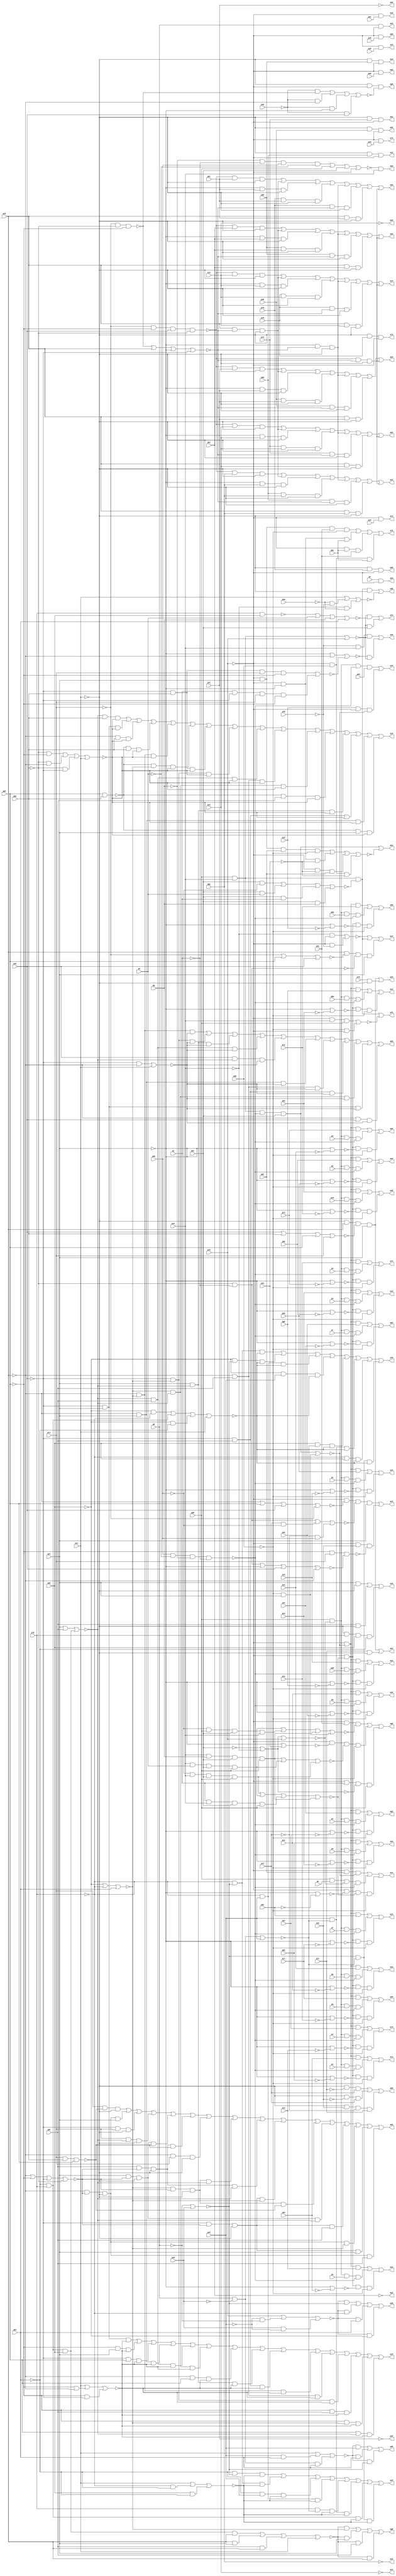
// Benchmark "top" written by ABC on Fri Mar 31 12:09:50 2023

module top ( 
    pa1, pb2, pp, pa0, pc2, pq, pb0, pc1, pr, pa2, pb1, pc0, ps, pd0, pe1,
    pf2, pt, pd1, pe0, pg2, pu, pd2, pf0, pg1, pv, pe2, pf1, pg0, pw, ph0,
    pi1, pj2, px, ph1, pi0, pk2, py, ph2, pk1, pz, pi2, pj1, pk0, pl0, pm1,
    pn2, pl1, pm0, po2, pl2, pn0, po1, pm2, pn1, po0, pp0, pq1, pr2, pa,
    pp1, pq0, ps2, pb, pp2, pr0, ps1, pq2, pr1, ps0, pt0, pu1, pv2, pt1,
    pu0, pt2, pv0, pw1, pg, pu2, pv1, pw0, ph, px0, py1, pi, px1, py0, pz0,
    pk, pz1, pl, pm, pn, po,
    pc3, pd4, pe5, pb3, pd5, pe4, pa3, pf4, pg5, pf5, pg4, pa5, pg3, pa4,
    pf3, pb4, pc5, pe3, pb5, pc4, pd3, pk3, pl4, pm5, pj3, pl5, pm4, pi3,
    pn4, po5, ph3, pn5, po4, ph4, pi5, po3, ph5, pi4, pn3, pj4, pk5, pm3,
    pj5, pk4, pl3, ps3, pt4, pr3, pu4, pq3, pv4, pp3, pw4, pp4, pw3, pq4,
    pv3, pw2, pr4, pu3, ps4, pt3, pz2, pz3, px2, py3, px3, py2, px4, py4,
    pz4  );
  input  pa1, pb2, pp, pa0, pc2, pq, pb0, pc1, pr, pa2, pb1, pc0, ps,
    pd0, pe1, pf2, pt, pd1, pe0, pg2, pu, pd2, pf0, pg1, pv, pe2, pf1, pg0,
    pw, ph0, pi1, pj2, px, ph1, pi0, pk2, py, ph2, pk1, pz, pi2, pj1, pk0,
    pl0, pm1, pn2, pl1, pm0, po2, pl2, pn0, po1, pm2, pn1, po0, pp0, pq1,
    pr2, pa, pp1, pq0, ps2, pb, pp2, pr0, ps1, pq2, pr1, ps0, pt0, pu1,
    pv2, pt1, pu0, pt2, pv0, pw1, pg, pu2, pv1, pw0, ph, px0, py1, pi, px1,
    py0, pz0, pk, pz1, pl, pm, pn, po;
  output pc3, pd4, pe5, pb3, pd5, pe4, pa3, pf4, pg5, pf5, pg4, pa5, pg3, pa4,
    pf3, pb4, pc5, pe3, pb5, pc4, pd3, pk3, pl4, pm5, pj3, pl5, pm4, pi3,
    pn4, po5, ph3, pn5, po4, ph4, pi5, po3, ph5, pi4, pn3, pj4, pk5, pm3,
    pj5, pk4, pl3, ps3, pt4, pr3, pu4, pq3, pv4, pp3, pw4, pp4, pw3, pq4,
    pv3, pw2, pr4, pu3, ps4, pt3, pz2, pz3, px2, py3, px3, py2, px4, py4,
    pz4;
  wire new_na1_, new_nb2_, new_np_, new_na0_, new_nc2_, new_nq_, new_nb0_,
    new_nc1_, new_nr_, new_na2_, new_nb1_, new_nc0_, new_ns_, new_nd0_,
    new_ne1_, new_nf2_, new_nt_, new_nd1_, new_ne0_, new_ng2_, new_nu_,
    new_nd2_, new_nf0_, new_ng1_, new_nv_, new_ne2_, new_nf1_, new_ng0_,
    new_nw_, new_nh0_, new_ni1_, new_nj2_, new_nx_, new_nh1_, new_ni0_,
    new_nk2_, new_ny_, new_nh2_, new_nk1_, new_nz_, new_ni2_, new_nj1_,
    new_nk0_, new_nl0_, new_nm1_, new_nn2_, new_nl1_, new_nm0_, new_no2_,
    new_nl2_, new_nn0_, new_no1_, new_nm2_, new_nn1_, new_no0_, new_np0_,
    new_nq1_, new_nr2_, new_na_, new_np1_, new_nq0_, new_ns2_, new_nb_,
    new_np2_, new_nr0_, new_ns1_, new_nq2_, new_nr1_, new_ns0_, new_nt0_,
    new_nu1_, new_nv2_, new_nt1_, new_nu0_, new_nt2_, new_nv0_, new_nw1_,
    new_ng_, new_nu2_, new_nv1_, new_nw0_, new_nh_, new_nx0_, new_ny1_,
    new_ni_, new_nx1_, new_ny0_, new_nz0_, new_nk_, new_nz1_, new_nl_,
    new_nm_, new_nn_, new_no_, new_ng3_, new_nr3_, new_n_n364_,
    new_n_n355_, new_n_n346_, new_n_n336_, new_n_n328_, new_nj4_,
    new_n_n312_, new_n_n304_, new_nu4_, new_n_n279_, new_n_n271_,
    new_n_n263_, new_n_n254_, new_n_n244_, new_n_n235_, new_n_n225_,
    new_n_n194_, new_n_n183_, new_n_n174_, new_n_n167_, new_n_n160_,
    new_nl9_, new_nv10_, new_nm13_, new_ny13_, new_nc14_, new_nh14_,
    new_n_n109_, new_n_n98_, new_nf3_, new_nh3_, new_ny3_, new_n_n356_,
    new_n_n345_, new_n_n337_, new_n_n327_, new_n_n321_, new_nm4_,
    new_n_n305_, new_n_n287_, new_n_n280_, new_n_n270_, new_nc5_,
    new_n_n253_, new_n_n245_, new_n_n234_, new_n_n226_, new_n_n203_,
    new_n_n182_, new_n_n175_, new_n_n166_, new_nx8_, new_nd10_, new_nu10_,
    new_np13_, new_n_n130_, new_n_n122_, new_ng14_, new_n_n108_,
    new_n_n99_, new_n_n369_, new_n_n363_, new_n_n353_, new_nb4_,
    new_n_n338_, new_ng4_, new_n_n319_, new_n_n314_, new_no4_, new_n_n286_,
    new_n_n278_, new_nz4_, new_n_n264_, new_n_n252_, new_ng5_, new_n_n237_,
    new_n_n227_, new_n_n202_, new_n_n192_, new_n_n176_, new_nm8_, new_nf9_,
    new_n_n154_, new_nn10_, new_nl11_, new_nl12_, new_nd14_, new_n_n116_,
    new_n_n111_, new_n_n100_, new_ne3_, new_n_n362_, new_n_n354_,
    new_n_n347_, new_n_n339_, new_n_n326_, new_n_n320_, new_n_n313_,
    new_n_n306_, new_n_n285_, new_nx4_, new_n_n272_, new_n_n265_,
    new_n_n251_, new_n_n243_, new_n_n236_, new_ni5_, new_n_n201_,
    new_n_n193_, new_n_n184_, new_no8_, new_n_n159_, new_n_n153_,
    new_nl10_, new_n_n136_, new_ni12_, new_n_n121_, new_nj14_, new_n_n110_,
    new_n_n101_, new_nk3_, new_nv3_, new_n_n340_, new_n_n325_, new_n_n301_,
    new_n_n293_, new_nf5_, new_n_n241_, new_n_n221_, new_n_n211_,
    new_n_n165_, new_n_n158_, new_n_n152_, new_nz10_, new_n_n142_,
    new_n_n120_, new_nk14_, new_n_n105_, new_n_n94_, new_n_n3_, new_nl3_,
    new_nu3_, new_n_n348_, new_n_n318_, new_n_n300_, new_ns4_, new_n_n250_,
    new_n_n242_, new_n_n220_, new_n_n212_, new_nw8_, new_ni9_, new_ny10_,
    new_na11_, new_n_n143_, new_ne14_, new_n_n115_, new_n_n104_,
    new_n_n95_, new_ni3_, new_nt3_, new_n_n357_, new_n_n311_, new_np4_,
    new_n_n294_, new_n_n233_, new_n_n223_, new_nj5_, new_n_n164_,
    new_ne10_, new_nx10_, new_nf14_, new_n_n114_, new_n_n107_, new_n_n96_,
    new_nj3_, new_ns3_, new_n_n365_, new_n_n303_, new_n_n302_, new_n_n295_,
    new_n_n232_, new_n_n224_, new_n_n222_, new_n_n157_, new_nf10_,
    new_n_n149_, new_n_n119_, new_nl14_, new_n_n106_, new_n_n97_, new_nc3_,
    new_no3_, new_nx3_, new_nz3_, new_n_n310_, new_n_n298_, new_n_n290_,
    new_nw4_, new_n_n273_, new_n_n217_, new_n_n207_, new_nk5_, new_n_n186_,
    new_nm5_, new_n_n147_, new_nk11_, new_nw11_, new_nd13_, new_nx13_,
    new_n_n124_, new_nb3_, new_np3_, new_nw3_, new_n_n349_, new_nk4_,
    new_n_n297_, new_nt4_, new_n_n281_, new_n_n274_, new_n_n216_,
    new_n_n208_, new_n_n196_, new_n_n187_, new_n_n169_, new_n_n146_,
    new_nj11_, new_nz11_, new_na13_, new_n_n131_, new_n_n125_, new_n_n0_,
    new_nm3_, new_n_n367_, new_n_n341_, new_n_n324_, new_nq4_, new_n_n291_,
    new_nb5_, new_ne5_, new_n_n219_, new_n_n209_, new_n_n195_, new_n_n178_,
    new_no5_, new_nc11_, new_ni11_, new_nc12_, new_nj13_, new_nw13_,
    new_n_n126_, new_n_n1_, new_nn3_, new_n_n368_, new_n_n332_,
    new_n_n331_, new_n_n299_, new_n_n292_, new_n_n266_, new_n_n259_,
    new_n_n218_, new_n_n210_, new_n_n185_, new_n_n177_, new_n_n170_,
    new_n_n148_, new_n_n141_, new_nf12_, new_ng13_, new_n_n132_, new_na14_,
    new_n_n2_, new_n_n370_, new_n_n361_, new_n_n352_, new_nc4_,
    new_n_n333_, new_ne4_, new_ni4_, new_n_n315_, new_n_n307_, new_nv4_,
    new_n_n276_, new_n_n268_, new_n_n260_, new_n_n258_, new_n_n248_,
    new_nh5_, new_n_n228_, new_n_n213_, new_n_n200_, new_n_n190_,
    new_n_n180_, new_n_n171_, new_n_n163_, new_n_n156_, new_n_n150_,
    new_nf11_, new_n_n137_, new_n_n135_, new_nr12_, new_n_n134_, new_nz13_,
    new_n_n113_, new_n_n102_, new_nx2_, new_nd3_, new_n_n360_, new_na4_,
    new_n_n342_, new_n_n334_, new_n_n330_, new_nh4_, new_nl4_, new_n_n308_,
    new_n_n284_, new_n_n277_, new_n_n267_, new_n_n261_, new_n_n257_,
    new_n_n249_, new_n_n238_, new_n_n229_, new_n_n204_, new_n_n199_,
    new_n_n191_, new_n_n179_, new_n_n172_, new_n_n168_, new_n_n155_,
    new_ng10_, new_n_n144_, new_n_n138_, new_nn11_, new_no12_, new_n_n133_,
    new_n_n127_, new_n_n112_, new_n_n103_, new_ny2_, new_n_n371_, new_nq3_,
    new_n_n359_, new_n_n350_, new_n_n344_, new_n_n335_, new_n_n329_,
    new_n_n322_, new_n_n317_, new_nn4_, new_nr4_, new_n_n288_, new_n_n283_,
    new_n_n275_, new_na5_, new_nd5_, new_n_n256_, new_n_n246_, new_n_n240_,
    new_n_n230_, new_n_n215_, new_n_n205_, new_n_n198_, new_n_n188_,
    new_n_n181_, new_n_n173_, new_nj8_, new_n_n161_, new_n_n151_,
    new_n_n145_, new_n_n139_, new_nq11_, new_nx12_, new_nu13_, new_n_n128_,
    new_nb14_, new_n_n117_, new_nz2_, new_n_n372_, new_n_n366_,
    new_n_n358_, new_n_n351_, new_n_n343_, new_nd4_, new_nf4_, new_n_n323_,
    new_n_n316_, new_n_n309_, new_n_n296_, new_n_n289_, new_n_n282_,
    new_ny4_, new_n_n269_, new_n_n262_, new_n_n255_, new_n_n247_,
    new_n_n239_, new_n_n231_, new_n_n214_, new_n_n206_, new_n_n197_,
    new_n_n189_, new_nl5_, new_nn5_, new_nk8_, new_n_n162_, new_nk9_,
    new_ne11_, new_n_n140_, new_nt11_, new_nu12_, new_nv13_, new_n_n129_,
    new_n_n123_, new_n_n118_, new_na3_, new_n_n88_, new_n_n77_, new_n_n66_,
    new_n_n55_, new_n_n44_, new_n_n89_, new_n_n76_, new_n_n67_, new_n_n54_,
    new_n_n45_, new_n_n90_, new_n_n75_, new_n_n64_, new_n_n57_, new_n_n46_,
    new_n_n91_, new_n_n74_, new_n_n65_, new_n_n56_, new_n_n47_, new_nw2_,
    new_n_n92_, new_n_n37_, new_n_n26_, new_n_n15_, new_n_n4_, new_n_n93_,
    new_n_n36_, new_n_n27_, new_n_n14_, new_n_n5_, new_n_n35_, new_n_n24_,
    new_n_n17_, new_n_n6_, new_n_n34_, new_n_n25_, new_n_n16_, new_n_n7_,
    new_n_n63_, new_n_n52_, new_n_n41_, new_n_n30_, new_n_n19_, new_n_n8_,
    new_n_n62_, new_n_n53_, new_n_n40_, new_n_n31_, new_n_n18_, new_n_n9_,
    new_n_n83_, new_n_n72_, new_n_n39_, new_n_n28_, new_n_n21_, new_n_n10_,
    new_n_n82_, new_n_n73_, new_n_n38_, new_n_n29_, new_n_n20_, new_n_n11_,
    new_n_n84_, new_n_n81_, new_n_n70_, new_n_n59_, new_n_n48_, new_n_n23_,
    new_n_n12_, new_n_n85_, new_n_n80_, new_n_n71_, new_n_n58_, new_n_n49_,
    new_n_n22_, new_n_n13_, new_n_n86_, new_n_n79_, new_n_n68_, new_n_n61_,
    new_n_n50_, new_n_n43_, new_n_n32_, new_n_n87_, new_n_n78_, new_n_n69_,
    new_n_n60_, new_n_n51_, new_n_n42_, new_n_n33_;
  assign new_na1_ = pa1;
  assign new_nb2_ = pb2;
  assign pc3 = new_nc3_;
  assign pd4 = new_nd4_;
  assign pe5 = new_ne5_;
  assign new_np_ = pp;
  assign new_na0_ = pa0;
  assign pb3 = new_nb3_;
  assign new_nc2_ = pc2;
  assign pd5 = new_nd5_;
  assign pe4 = new_ne4_;
  assign new_nq_ = pq;
  assign pa3 = new_na3_;
  assign new_nb0_ = pb0;
  assign new_nc1_ = pc1;
  assign pf4 = new_nf4_;
  assign pg5 = new_ng5_;
  assign new_nr_ = pr;
  assign new_na2_ = pa2;
  assign new_nb1_ = pb1;
  assign new_nc0_ = pc0;
  assign pf5 = new_nf5_;
  assign pg4 = new_ng4_;
  assign new_ns_ = ps;
  assign pa5 = new_na5_;
  assign new_nd0_ = pd0;
  assign new_ne1_ = pe1;
  assign new_nf2_ = pf2;
  assign pg3 = new_ng3_;
  assign new_nt_ = pt;
  assign pa4 = new_na4_;
  assign new_nd1_ = pd1;
  assign new_ne0_ = pe0;
  assign pf3 = new_nf3_;
  assign new_ng2_ = pg2;
  assign new_nu_ = pu;
  assign pb4 = new_nb4_;
  assign pc5 = new_nc5_;
  assign new_nd2_ = pd2;
  assign pe3 = new_ne3_;
  assign new_nf0_ = pf0;
  assign new_ng1_ = pg1;
  assign new_nv_ = pv;
  assign pb5 = new_nb5_;
  assign pc4 = new_nc4_;
  assign pd3 = new_nd3_;
  assign new_ne2_ = pe2;
  assign new_nf1_ = pf1;
  assign new_ng0_ = pg0;
  assign new_nw_ = pw;
  assign new_nh0_ = ph0;
  assign new_ni1_ = pi1;
  assign new_nj2_ = pj2;
  assign pk3 = new_nk3_;
  assign pl4 = new_nl4_;
  assign pm5 = new_nm5_;
  assign new_nx_ = px;
  assign new_nh1_ = ph1;
  assign new_ni0_ = pi0;
  assign pj3 = new_nj3_;
  assign new_nk2_ = pk2;
  assign pl5 = new_nl5_;
  assign pm4 = new_nm4_;
  assign new_ny_ = py;
  assign new_nh2_ = ph2;
  assign pi3 = new_ni3_;
  assign new_nk1_ = pk1;
  assign pn4 = new_nn4_;
  assign po5 = new_no5_;
  assign new_nz_ = pz;
  assign ph3 = new_nh3_;
  assign new_ni2_ = pi2;
  assign new_nj1_ = pj1;
  assign new_nk0_ = pk0;
  assign pn5 = new_nn5_;
  assign po4 = new_no4_;
  assign ph4 = new_nh4_;
  assign pi5 = new_ni5_;
  assign new_nl0_ = pl0;
  assign new_nm1_ = pm1;
  assign new_nn2_ = pn2;
  assign po3 = new_no3_;
  assign ph5 = new_nh5_;
  assign pi4 = new_ni4_;
  assign new_nl1_ = pl1;
  assign new_nm0_ = pm0;
  assign pn3 = new_nn3_;
  assign new_no2_ = po2;
  assign pj4 = new_nj4_;
  assign pk5 = new_nk5_;
  assign new_nl2_ = pl2;
  assign pm3 = new_nm3_;
  assign new_nn0_ = pn0;
  assign new_no1_ = po1;
  assign pj5 = new_nj5_;
  assign pk4 = new_nk4_;
  assign pl3 = new_nl3_;
  assign new_nm2_ = pm2;
  assign new_nn1_ = pn1;
  assign new_no0_ = po0;
  assign new_np0_ = pp0;
  assign new_nq1_ = pq1;
  assign new_nr2_ = pr2;
  assign ps3 = new_ns3_;
  assign pt4 = new_nt4_;
  assign new_na_ = pa;
  assign new_np1_ = pp1;
  assign new_nq0_ = pq0;
  assign pr3 = new_nr3_;
  assign new_ns2_ = ps2;
  assign pu4 = new_nu4_;
  assign new_nb_ = pb;
  assign new_np2_ = pp2;
  assign pq3 = new_nq3_;
  assign new_nr0_ = pr0;
  assign new_ns1_ = ps1;
  assign pv4 = new_nv4_;
  assign pp3 = new_np3_;
  assign new_nq2_ = pq2;
  assign new_nr1_ = pr1;
  assign new_ns0_ = ps0;
  assign pw4 = new_nw4_;
  assign pp4 = new_np4_;
  assign new_nt0_ = pt0;
  assign new_nu1_ = pu1;
  assign new_nv2_ = pv2;
  assign pw3 = new_nw3_;
  assign pq4 = new_nq4_;
  assign new_nt1_ = pt1;
  assign new_nu0_ = pu0;
  assign pv3 = new_nv3_;
  assign pw2 = new_nw2_;
  assign pr4 = new_nr4_;
  assign new_nt2_ = pt2;
  assign pu3 = new_nu3_;
  assign new_nv0_ = pv0;
  assign new_nw1_ = pw1;
  assign new_ng_ = pg;
  assign ps4 = new_ns4_;
  assign pt3 = new_nt3_;
  assign new_nu2_ = pu2;
  assign new_nv1_ = pv1;
  assign new_nw0_ = pw0;
  assign new_nh_ = ph;
  assign new_nx0_ = px0;
  assign new_ny1_ = py1;
  assign pz2 = new_nz2_;
  assign new_ni_ = pi;
  assign new_nx1_ = px1;
  assign new_ny0_ = py0;
  assign pz3 = new_nz3_;
  assign px2 = new_nx2_;
  assign py3 = new_ny3_;
  assign new_nz0_ = pz0;
  assign new_nk_ = pk;
  assign px3 = new_nx3_;
  assign py2 = new_ny2_;
  assign new_nz1_ = pz1;
  assign new_nl_ = pl;
  assign px4 = new_nx4_;
  assign new_nm_ = pm;
  assign py4 = new_ny4_;
  assign new_nn_ = pn;
  assign pz4 = new_nz4_;
  assign new_no_ = po;
  assign new_ng3_ = new_n_n58_ & new_n_n75_ & new_n_n5_;
  assign new_nr3_ = new_n_n75_ & new_nx0_;
  assign new_n_n364_ = new_n_n58_ & new_nl2_ & new_nm2_ & new_n_n104_;
  assign new_n_n355_ = new_np0_ & new_ng1_ & new_n_n58_;
  assign new_n_n346_ = new_n_n108_ & new_ni1_ & new_n_n58_;
  assign new_n_n336_ = new_n_n12_ & new_n_n11_ & new_n_n58_;
  assign new_n_n328_ = new_n_n62_ & new_nm1_;
  assign new_nj4_ = new_n_n320_ | new_n_n319_ | new_n_n318_;
  assign new_n_n312_ = new_n_n75_ & new_n_n40_ & new_n_n23_ & new_n_n80_;
  assign new_n_n304_ = new_ng0_ & new_n_n42_ & new_nq_ & new_n_n81_;
  assign new_nu4_ = new_n_n287_ | new_n_n286_ | new_n_n285_;
  assign new_n_n279_ = new_n_n75_ & new_n_n40_ & new_n_n34_ & new_n_n80_;
  assign new_n_n271_ = new_ng0_ & new_n_n42_ & new_nb0_ & new_n_n81_;
  assign new_n_n263_ = new_nj2_ & new_n_n75_ & new_n_n41_;
  assign new_n_n254_ = new_n_n103_ & new_n_n60_ & new_n_n44_;
  assign new_n_n244_ = new_nu2_ & new_n_n46_ & new_n_n45_;
  assign new_n_n235_ = new_n_n109_ & new_nd1_ & new_n_n48_;
  assign new_n_n225_ = new_n_n109_ & new_ne1_ & new_n_n49_;
  assign new_n_n194_ = new_nr2_ & new_n_n52_ & new_n_n58_;
  assign new_n_n183_ = new_ne1_ & new_n_n53_ & new_n_n58_ & new_n_n54_;
  assign new_n_n174_ = new_n_n58_ & new_ns2_ & new_n_n63_ & new_nl1_;
  assign new_n_n167_ = new_nt2_ & new_n_n79_;
  assign new_n_n160_ = new_n_n65_ & new_n_n67_;
  assign new_nl9_ = new_n_n68_ & new_n_n105_ & new_n_n112_;
  assign new_nv10_ = new_n_n149_ | new_ni0_;
  assign new_nm13_ = new_n_n108_ | new_n_n99_;
  assign new_ny13_ = new_n_n127_ | new_n_n129_ | new_n_n128_ | new_nc1_;
  assign new_nc14_ = new_n_n122_ | new_nc1_;
  assign new_nh14_ = new_n_n109_ | new_n_n112_ | new_n_n111_ | new_n_n105_;
  assign new_n_n109_ = ~new_nn2_;
  assign new_n_n98_ = ~new_nh2_;
  assign new_nf3_ = new_n_n368_ | new_n_n4_;
  assign new_nh3_ = new_n_n58_ & new_no0_ & new_n_n75_;
  assign new_ny3_ = new_n_n360_ | new_n_n359_ | new_n_n362_ | new_n_n361_ | new_n_n338_ | new_n_n358_ | new_n_n363_ | new_n_n336_;
  assign new_n_n356_ = new_n_n108_ & new_ng1_ & new_n_n58_;
  assign new_n_n345_ = new_nr0_ & new_ni1_ & new_n_n58_;
  assign new_n_n337_ = new_ns0_ & new_n_n11_ & new_n_n58_;
  assign new_n_n327_ = new_n_n62_ & new_n_n14_;
  assign new_n_n321_ = new_n_n75_ & new_n_n20_ & new_n_n40_ & new_n_n80_;
  assign new_nm4_ = new_n_n311_ | new_n_n310_ | new_n_n309_;
  assign new_n_n305_ = new_n_n75_ & new_n_n41_ & new_nv1_;
  assign new_n_n287_ = new_n_n75_ & new_n_n41_ & new_nb2_;
  assign new_n_n280_ = new_ng0_ & new_n_n42_ & new_ny_ & new_n_n81_;
  assign new_n_n270_ = new_n_n75_ & new_n_n40_ & new_n_n37_ & new_n_n80_;
  assign new_nc5_ = new_n_n262_ | new_n_n263_;
  assign new_n_n253_ = new_nl2_ & new_n_n46_ & new_n_n44_;
  assign new_n_n245_ = new_nm2_ & new_n_n46_ & new_n_n45_;
  assign new_n_n234_ = new_n_n111_ & new_nd1_ & new_n_n48_;
  assign new_n_n226_ = new_n_n111_ & new_np2_ & new_n_n49_;
  assign new_n_n203_ = new_n_n109_ & new_nd1_ & new_n_n51_;
  assign new_n_n182_ = new_nd1_ & new_n_n53_ & new_n_n58_ & new_n_n54_;
  assign new_n_n175_ = new_n_n58_ & new_n_n57_ & new_nt2_;
  assign new_n_n166_ = new_n_n63_ & new_nh0_;
  assign new_nx8_ = new_nc1_ | new_n_n160_ | new_n_n159_;
  assign new_nd10_ = new_n_n68_ | new_np2_ | new_no2_;
  assign new_nu10_ = new_n_n70_ | new_nh_ | new_ng_ | new_nk2_;
  assign new_np13_ = new_n_n108_ | new_n_n100_;
  assign new_n_n130_ = new_nm2_ & new_n_n104_;
  assign new_n_n122_ = new_n_n111_ & new_n_n109_;
  assign new_ng14_ = new_nr2_ & new_nq2_ & new_np2_;
  assign new_n_n108_ = ~new_ne1_;
  assign new_n_n99_ = ~new_ni2_;
  assign new_n_n369_ = new_nl0_ & new_n_n58_;
  assign new_n_n363_ = new_nn2_ & new_nf1_ & new_n_n58_;
  assign new_n_n353_ = new_np0_ & new_n_n11_ & new_n_n58_;
  assign new_nb4_ = new_n_n344_ | new_n_n359_ | new_n_n346_ | new_n_n345_ | new_n_n338_ | new_n_n343_ | new_n_n347_ | new_n_n336_;
  assign new_n_n338_ = new_n_n108_ & new_n_n11_ & new_n_n58_;
  assign new_ng4_ = new_n_n326_ | new_n_n325_ | new_n_n324_;
  assign new_n_n319_ = new_ng0_ & new_n_n42_ & new_nl_ & new_n_n81_;
  assign new_n_n314_ = new_n_n75_ & new_n_n41_ & new_ns1_;
  assign new_no4_ = new_n_n305_ | new_n_n304_ | new_n_n303_;
  assign new_n_n286_ = new_ng0_ & new_n_n42_ & new_nw_ & new_n_n81_;
  assign new_n_n278_ = new_n_n75_ & new_n_n41_ & new_ne2_;
  assign new_nz4_ = new_n_n272_ | new_n_n271_ | new_n_n270_;
  assign new_n_n264_ = new_n_n75_ & new_n_n40_ & new_n_n39_ & new_n_n80_;
  assign new_n_n252_ = new_nu2_ & new_n_n46_ & new_n_n44_;
  assign new_ng5_ = new_n_n239_ | new_n_n241_ | new_n_n240_ | new_n_n242_;
  assign new_n_n237_ = new_n_n109_ & new_ne1_ & new_n_n48_;
  assign new_n_n227_ = new_n_n109_ & new_np2_ & new_n_n49_;
  assign new_n_n202_ = new_n_n50_ & new_nd1_ & new_n_n51_;
  assign new_n_n192_ = new_n_n109_ & new_n_n53_ & new_n_n58_ & new_ne1_;
  assign new_n_n176_ = new_n_n58_ & new_n_n56_ & new_nt2_;
  assign new_nm8_ = new_n_n112_ & new_nr2_ & new_n_n64_;
  assign new_nf9_ = new_no2_ | new_nq2_ | new_np2_ | new_nr2_;
  assign new_n_n154_ = new_n_n66_ & new_n_n108_;
  assign new_nn10_ = new_n_n69_ | new_nn2_ | new_n_n108_ | new_n_n111_;
  assign new_nl11_ = new_n_n135_ | new_n_n136_;
  assign new_nl12_ = new_n_n108_ | new_n_n90_;
  assign new_nd14_ = new_nc1_ | new_n_n121_ | new_n_n120_;
  assign new_n_n116_ = new_n_n107_ & new_n_n106_;
  assign new_n_n111_ = ~new_no2_;
  assign new_n_n100_ = ~new_nj2_;
  assign new_ne3_ = new_n_n329_ | new_n_n369_;
  assign new_n_n362_ = new_n_n108_ & new_nf1_ & new_n_n58_;
  assign new_n_n354_ = new_n_n12_ & new_ng1_ & new_n_n58_;
  assign new_n_n347_ = new_nn2_ & new_ni1_ & new_n_n58_;
  assign new_n_n339_ = new_n_n12_ & new_nj1_ & new_n_n58_;
  assign new_n_n326_ = new_n_n75_ & new_nn1_ & new_n_n15_;
  assign new_n_n320_ = new_n_n75_ & new_n_n41_ & new_nq1_;
  assign new_n_n313_ = new_ng0_ & new_n_n42_ & new_nn_ & new_n_n81_;
  assign new_n_n306_ = new_n_n75_ & new_n_n40_ & new_n_n25_ & new_n_n80_;
  assign new_n_n285_ = new_n_n75_ & new_n_n40_ & new_n_n32_ & new_n_n80_;
  assign new_nx4_ = new_n_n278_ | new_n_n277_ | new_n_n276_;
  assign new_n_n272_ = new_n_n75_ & new_n_n41_ & new_ng2_;
  assign new_n_n265_ = new_ng0_ & new_n_n42_ & new_nd0_ & new_n_n81_;
  assign new_n_n251_ = new_n_n60_ & new_n_n46_ & new_n_n44_;
  assign new_n_n243_ = new_n_n60_ & new_n_n46_ & new_n_n45_;
  assign new_n_n236_ = new_n_n111_ & new_ne1_ & new_n_n48_;
  assign new_ni5_ = new_n_n224_ | new_n_n223_ | new_n_n226_ | new_n_n225_ | new_n_n214_ | new_n_n213_ | new_n_n227_ | new_n_n215_ | new_n_n221_ | new_n_n219_ | new_n_n222_ | new_n_n218_ | new_n_n220_ | new_n_n217_ | new_n_n216_;
  assign new_n_n201_ = new_n_n52_ & new_nd1_ & new_n_n51_;
  assign new_n_n193_ = new_nr2_ & new_n_n54_ & new_n_n58_;
  assign new_n_n184_ = new_n_n55_ & new_n_n53_ & new_n_n58_ & new_n_n52_;
  assign new_no8_ = new_n_n165_ | new_n_n108_ | new_no2_ | new_n_n109_;
  assign new_n_n159_ = new_n_n76_ & new_n_n65_;
  assign new_n_n153_ = new_n_n66_ & new_n_n69_;
  assign new_nl10_ = new_n_n68_ & new_n_n112_ & new_no2_ & new_n_n105_;
  assign new_n_n136_ = new_n_n80_ & new_ne1_;
  assign new_ni12_ = new_n_n108_ | new_n_n89_;
  assign new_n_n121_ = new_n_n112_ & new_n_n109_;
  assign new_nj14_ = new_ni0_ | new_n_n116_ | new_n_n115_;
  assign new_n_n110_ = ~new_nl14_;
  assign new_n_n101_ = ~new_nu0_;
  assign new_nk3_ = new_n_n58_ & new_nr0_ & new_n_n75_;
  assign new_nv3_ = new_n_n6_ | new_n_n368_ | new_n_n367_;
  assign new_n_n340_ = new_ns0_ & new_nj1_ & new_n_n58_;
  assign new_n_n325_ = new_n_n75_ & new_n_n17_ & new_n_n16_ & new_n_n80_;
  assign new_n_n301_ = new_ng0_ & new_n_n42_ & new_nr_ & new_n_n81_;
  assign new_n_n293_ = new_n_n75_ & new_n_n41_ & new_nz1_;
  assign new_nf5_ = new_n_n247_ | new_n_n246_ | new_n_n249_ | new_n_n248_ | new_n_n245_ | new_n_n244_ | new_n_n250_ | new_n_n243_;
  assign new_n_n241_ = new_n_n47_ & new_ne1_;
  assign new_n_n221_ = new_n_n111_ & new_nd1_ & new_n_n49_;
  assign new_n_n211_ = new_n_n109_ & new_nq2_ & new_n_n51_;
  assign new_n_n165_ = new_n_n105_ & new_n_n73_;
  assign new_n_n158_ = new_n_n80_ & new_n_n75_;
  assign new_n_n152_ = new_n_n75_ & new_n_n67_;
  assign new_nz10_ = new_n_n140_ | new_n_n139_ | new_n_n137_;
  assign new_n_n142_ = new_n_n75_ & new_n_n74_ & new_np1_;
  assign new_n_n120_ = new_n_n112_ & new_n_n111_;
  assign new_nk14_ = new_n_n108_ | new_n_n109_ | new_n_n110_;
  assign new_n_n105_ = ~new_nq2_;
  assign new_n_n94_ = ~new_nd2_;
  assign new_n_n3_ = ~new_nx8_;
  assign new_nl3_ = new_n_n58_ & new_ns0_ & new_n_n75_;
  assign new_nu3_ = new_n_n75_ & new_na1_;
  assign new_n_n348_ = new_nq0_ & new_n_n11_ & new_n_n58_;
  assign new_n_n318_ = new_n_n75_ & new_n_n40_ & new_n_n21_ & new_n_n80_;
  assign new_n_n300_ = new_n_n75_ & new_n_n40_ & new_n_n27_ & new_n_n80_;
  assign new_ns4_ = new_n_n293_ | new_n_n292_ | new_n_n291_;
  assign new_n_n250_ = new_n_n103_ & new_nm2_ & new_n_n45_;
  assign new_n_n242_ = new_n_n47_ & new_nn2_;
  assign new_n_n220_ = new_n_n112_ & new_nd1_ & new_n_n49_;
  assign new_n_n212_ = new_n_n111_ & new_nq2_ & new_n_n51_;
  assign new_nw8_ = new_n_n161_ | new_n_n163_ | new_n_n162_ | new_n_n164_;
  assign new_ni9_ = new_n_n157_ | new_n_n158_;
  assign new_ny10_ = new_n_n108_ | new_no1_;
  assign new_na11_ = new_n_n77_ | new_n_n76_;
  assign new_n_n143_ = new_n_n75_ & new_n_n108_ & new_n_n74_;
  assign new_ne14_ = new_np2_ & new_nq2_;
  assign new_n_n115_ = new_nu0_ & new_n_n107_;
  assign new_n_n104_ = ~new_nk2_;
  assign new_n_n95_ = ~new_ne2_;
  assign new_ni3_ = new_n_n58_ & new_np0_ & new_n_n75_;
  assign new_nt3_ = new_n_n75_ & new_nz0_;
  assign new_n_n357_ = new_nn2_ & new_ng1_ & new_n_n58_;
  assign new_n_n311_ = new_n_n75_ & new_n_n41_ & new_nt1_;
  assign new_np4_ = new_n_n302_ | new_n_n301_ | new_n_n300_;
  assign new_n_n294_ = new_n_n75_ & new_n_n40_ & new_n_n29_ & new_n_n80_;
  assign new_n_n233_ = new_n_n109_ & new_n_n55_ & new_n_n48_;
  assign new_n_n223_ = new_n_n112_ & new_ne1_ & new_n_n49_;
  assign new_nj5_ = new_n_n209_ | new_n_n208_ | new_n_n211_ | new_n_n210_ | new_n_n199_ | new_n_n198_ | new_n_n212_ | new_n_n200_ | new_n_n201_ | new_n_n203_ | new_n_n197_ | new_n_n202_ | new_n_n205_ | new_n_n204_ | new_n_n207_ | new_n_n206_;
  assign new_n_n164_ = new_nm1_ & new_ng_;
  assign new_ne10_ = new_n_n73_ & new_n_n105_;
  assign new_nx10_ = new_nl2_ & new_nm2_;
  assign new_nf14_ = new_n_n117_ | new_n_n119_ | new_n_n118_ | new_nc1_;
  assign new_n_n114_ = new_ni_ & new_n_n111_ & new_nr2_ & new_n_n112_;
  assign new_n_n107_ = ~new_nu2_;
  assign new_n_n96_ = ~new_nf2_;
  assign new_nj3_ = new_n_n58_ & new_nq0_ & new_n_n75_;
  assign new_ns3_ = new_n_n75_ & new_ny0_;
  assign new_n_n365_ = new_nd1_ & new_n_n58_;
  assign new_n_n303_ = new_n_n75_ & new_n_n40_ & new_n_n26_ & new_n_n80_;
  assign new_n_n302_ = new_n_n75_ & new_n_n41_ & new_nw1_;
  assign new_n_n295_ = new_ng0_ & new_n_n42_ & new_nt_ & new_n_n81_;
  assign new_n_n232_ = new_n_n111_ & new_n_n55_ & new_n_n48_;
  assign new_n_n224_ = new_n_n111_ & new_ne1_ & new_n_n49_;
  assign new_n_n222_ = new_n_n109_ & new_nd1_ & new_n_n49_;
  assign new_n_n157_ = new_n_n75_ & new_nv2_ & new_ng0_;
  assign new_nf10_ = new_n_n151_ | new_n_n152_;
  assign new_n_n149_ = new_ng0_ & new_nv2_;
  assign new_n_n119_ = new_n_n105_ & new_n_n109_;
  assign new_nl14_ = new_n_n113_ | new_n_n114_;
  assign new_n_n106_ = ~new_nb_;
  assign new_n_n97_ = ~new_ng2_;
  assign new_nc3_ = new_n_n371_ | new_n_n372_;
  assign new_no3_ = new_na_ & new_n_n75_;
  assign new_nx3_ = new_n_n366_ | new_n_n365_ | new_n_n364_;
  assign new_nz3_ = new_n_n354_ | new_n_n359_ | new_n_n356_ | new_n_n355_ | new_n_n338_ | new_n_n353_ | new_n_n357_ | new_n_n336_;
  assign new_n_n310_ = new_ng0_ & new_n_n42_ & new_no_ & new_n_n81_;
  assign new_n_n298_ = new_ng0_ & new_n_n42_ & new_ns_ & new_n_n81_;
  assign new_n_n290_ = new_n_n75_ & new_n_n41_ & new_na2_;
  assign new_nw4_ = new_n_n281_ | new_n_n280_ | new_n_n279_;
  assign new_n_n273_ = new_n_n75_ & new_n_n40_ & new_n_n36_ & new_n_n80_;
  assign new_n_n217_ = new_n_n112_ & new_n_n55_ & new_n_n49_;
  assign new_n_n207_ = new_n_n109_ & new_ne1_ & new_n_n51_;
  assign new_nk5_ = new_n_n193_ | new_n_n192_ | new_n_n195_ | new_n_n194_ | new_n_n183_ | new_n_n182_ | new_n_n196_ | new_n_n184_ | new_n_n185_ | new_n_n187_ | new_n_n181_ | new_n_n186_ | new_n_n189_ | new_n_n188_ | new_n_n191_ | new_n_n190_;
  assign new_n_n186_ = new_ne1_ & new_n_n53_ & new_n_n58_ & new_n_n52_;
  assign new_nm5_ = new_n_n176_ | new_n_n175_ | new_n_n174_;
  assign new_n_n147_ = new_n_n79_ & new_ng0_ & new_nm1_ & new_nv2_;
  assign new_nk11_ = new_n_n137_ | new_n_n139_ | new_n_n138_ | new_n_n140_;
  assign new_nw11_ = new_n_n108_ | new_n_n85_;
  assign new_nd13_ = new_n_n108_ | new_n_n96_;
  assign new_nx13_ = new_nc1_ | new_n_n131_ | new_n_n130_;
  assign new_n_n124_ = new_n_n104_ & new_nl2_ & new_nm2_ & new_nn2_;
  assign new_nb3_ = ~new_nk1_;
  assign new_np3_ = new_n_n75_ & new_nv0_;
  assign new_nw3_ = new_n_n10_ & new_nv2_;
  assign new_n_n349_ = new_n_n12_ & new_nh1_ & new_n_n58_;
  assign new_nk4_ = new_n_n317_ | new_n_n316_ | new_n_n315_;
  assign new_n_n297_ = new_n_n75_ & new_n_n40_ & new_n_n28_ & new_n_n80_;
  assign new_nt4_ = new_n_n290_ | new_n_n289_ | new_n_n288_;
  assign new_n_n281_ = new_n_n75_ & new_n_n41_ & new_nd2_;
  assign new_n_n274_ = new_ng0_ & new_n_n42_ & new_na0_ & new_n_n81_;
  assign new_n_n216_ = new_np2_ & new_n_n52_ & new_n_n49_;
  assign new_n_n208_ = new_n_n111_ & new_ne1_ & new_n_n51_;
  assign new_n_n196_ = new_n_n109_ & new_nr2_ & new_n_n58_;
  assign new_n_n187_ = new_n_n111_ & new_n_n53_ & new_n_n58_ & new_n_n55_;
  assign new_n_n169_ = new_n_n61_ & new_n_n62_;
  assign new_n_n146_ = new_nv2_ & new_ng_ & new_nm1_ & new_ng0_;
  assign new_nj11_ = new_n_n108_ | new_n_n78_;
  assign new_nz11_ = new_n_n108_ | new_n_n86_;
  assign new_na13_ = new_n_n108_ | new_n_n95_;
  assign new_n_n131_ = new_n_n103_ & new_n_n104_;
  assign new_n_n125_ = new_nd1_ & new_nn2_;
  assign new_n_n0_ = ~new_nm8_;
  assign new_nm3_ = new_n_n58_ & new_nt0_ & new_n_n75_;
  assign new_n_n367_ = new_nn2_ & new_n_n9_ & new_n_n8_ & new_ne1_;
  assign new_n_n341_ = new_n_n108_ & new_nj1_ & new_n_n58_;
  assign new_n_n324_ = new_n_n75_ & new_ni_ & new_n_n18_ & new_ng0_;
  assign new_nq4_ = new_n_n299_ | new_n_n298_ | new_n_n297_;
  assign new_n_n291_ = new_n_n75_ & new_n_n40_ & new_n_n30_ & new_n_n80_;
  assign new_nb5_ = new_n_n266_ | new_n_n265_ | new_n_n264_;
  assign new_ne5_ = new_n_n255_ | new_n_n254_ | new_n_n257_ | new_n_n256_ | new_n_n253_ | new_n_n252_ | new_n_n258_ | new_n_n251_;
  assign new_n_n219_ = new_n_n109_ & new_n_n55_ & new_n_n49_;
  assign new_n_n209_ = new_n_n52_ & new_nq2_ & new_n_n51_;
  assign new_n_n195_ = new_n_n111_ & new_nr2_ & new_n_n58_;
  assign new_n_n178_ = new_n_n75_ & new_nb1_ & new_nn1_;
  assign new_no5_ = new_n_n168_ | new_n_n169_;
  assign new_nc11_ = new_n_n145_ | new_n_n147_ | new_n_n146_ | new_n_n148_;
  assign new_ni11_ = new_n_n76_ | new_n_n77_ | new_ni0_;
  assign new_nc12_ = new_n_n108_ | new_n_n87_;
  assign new_nj13_ = new_n_n108_ | new_n_n98_;
  assign new_nw13_ = new_n_n132_ | new_nu2_;
  assign new_n_n126_ = new_nn2_ & new_ne1_;
  assign new_n_n1_ = ~new_nk8_;
  assign new_nn3_ = new_nb_ & new_n_n75_;
  assign new_n_n368_ = new_nv2_ & new_ng0_ & new_n_n7_;
  assign new_n_n332_ = new_n_n12_ & new_nk1_ & new_n_n58_;
  assign new_n_n331_ = new_nt0_ & new_n_n11_ & new_n_n58_;
  assign new_n_n299_ = new_n_n75_ & new_n_n41_ & new_nx1_;
  assign new_n_n292_ = new_ng0_ & new_n_n42_ & new_nu_ & new_n_n81_;
  assign new_n_n266_ = new_n_n75_ & new_n_n41_ & new_ni2_;
  assign new_n_n259_ = new_n_n43_ & new_n_n60_;
  assign new_n_n218_ = new_n_n111_ & new_n_n55_ & new_n_n49_;
  assign new_n_n210_ = new_n_n50_ & new_nq2_ & new_n_n51_;
  assign new_n_n185_ = new_nd1_ & new_n_n53_ & new_n_n58_ & new_n_n52_;
  assign new_n_n177_ = new_n_n75_ & new_ne1_ & new_nn1_ & new_n_n80_;
  assign new_n_n170_ = new_n_n59_ & new_n_n60_;
  assign new_n_n148_ = new_ne1_ & new_n_n80_;
  assign new_n_n141_ = new_n_n75_ & new_ne1_ & new_np1_ & new_n_n80_;
  assign new_nf12_ = new_n_n108_ | new_n_n88_;
  assign new_ng13_ = new_n_n108_ | new_n_n97_;
  assign new_n_n132_ = new_nb_ & new_n_n101_;
  assign new_na14_ = new_n_n124_ | new_n_n126_ | new_n_n125_ | new_nc1_;
  assign new_n_n2_ = ~new_nj8_;
  assign new_n_n370_ = new_nv2_ & new_ng0_ & new_n_n7_ & new_n_n58_;
  assign new_n_n361_ = new_no0_ & new_nf1_ & new_n_n58_;
  assign new_n_n352_ = new_nn2_ & new_nh1_ & new_n_n58_;
  assign new_nc4_ = new_n_n339_ | new_n_n359_ | new_n_n341_ | new_n_n340_ | new_n_n338_ | new_n_n337_ | new_n_n342_ | new_n_n336_;
  assign new_n_n333_ = new_nt0_ & new_nk1_ & new_n_n58_;
  assign new_ne4_ = new_n_n329_ | new_n_n330_;
  assign new_ni4_ = new_n_n323_ | new_n_n322_ | new_n_n321_;
  assign new_n_n315_ = new_n_n75_ & new_n_n40_ & new_n_n22_ & new_n_n80_;
  assign new_n_n307_ = new_ng0_ & new_n_n42_ & new_np_ & new_n_n81_;
  assign new_nv4_ = new_n_n284_ | new_n_n283_ | new_n_n282_;
  assign new_n_n276_ = new_n_n75_ & new_n_n40_ & new_n_n35_ & new_n_n80_;
  assign new_n_n268_ = new_ng0_ & new_n_n42_ & new_nc0_ & new_n_n81_;
  assign new_n_n260_ = new_n_n43_ & new_nk2_;
  assign new_n_n258_ = new_n_n104_ & new_nl2_ & new_n_n44_;
  assign new_n_n248_ = new_n_n102_ & new_nu2_ & new_n_n45_;
  assign new_nh5_ = new_n_n233_ | new_n_n232_ | new_n_n230_ | new_n_n229_ | new_n_n231_ | new_n_n237_ | new_n_n235_ | new_n_n234_ | new_n_n228_ | new_n_n236_ | new_n_n238_;
  assign new_n_n228_ = new_n_n55_ & new_n_n52_ & new_n_n48_;
  assign new_n_n213_ = new_n_n55_ & new_n_n52_ & new_n_n49_;
  assign new_n_n200_ = new_n_n111_ & new_n_n55_ & new_n_n51_;
  assign new_n_n190_ = new_n_n109_ & new_n_n53_ & new_n_n58_ & new_nd1_;
  assign new_n_n180_ = new_n_n75_ & new_nm0_ & new_nb1_;
  assign new_n_n171_ = new_n_n59_ & new_nk2_;
  assign new_n_n163_ = new_nm1_ & new_nh_;
  assign new_n_n156_ = new_n_n66_ & new_no2_;
  assign new_n_n150_ = new_n_n71_ & new_n_n73_ & new_nh0_ & new_n_n72_;
  assign new_nf11_ = new_n_n141_ | new_n_n143_ | new_n_n142_ | new_n_n144_;
  assign new_n_n137_ = new_n_n79_ & new_nv2_ & new_nm1_ & new_ng0_;
  assign new_n_n135_ = new_nv2_ & new_ng0_ & new_n_n81_ & new_nm1_;
  assign new_nr12_ = new_n_n108_ | new_n_n92_;
  assign new_n_n134_ = new_nu2_ & new_nk2_;
  assign new_nz13_ = new_n_n102_ | new_n_n103_ | new_nk2_;
  assign new_n_n113_ = new_nq2_ & new_n_n111_ & new_nr2_ & new_n_n112_;
  assign new_n_n102_ = ~new_nm2_;
  assign new_nx2_ = ~new_ng1_;
  assign new_nd3_ = new_n_n370_ | new_n_n3_;
  assign new_n_n360_ = new_n_n12_ & new_nf1_ & new_n_n58_;
  assign new_na4_ = new_n_n349_ | new_n_n359_ | new_n_n351_ | new_n_n350_ | new_n_n338_ | new_n_n348_ | new_n_n352_ | new_n_n336_;
  assign new_n_n342_ = new_nn2_ & new_nj1_ & new_n_n58_;
  assign new_n_n334_ = new_n_n108_ & new_nk1_ & new_n_n58_;
  assign new_n_n330_ = new_nl1_ & new_n_n58_;
  assign new_nh4_ = new_n_n135_ | new_n_n19_;
  assign new_nl4_ = new_n_n314_ | new_n_n313_ | new_n_n312_;
  assign new_n_n308_ = new_n_n75_ & new_n_n41_ & new_nu1_;
  assign new_n_n284_ = new_n_n75_ & new_n_n41_ & new_nc2_;
  assign new_n_n277_ = new_ng0_ & new_n_n42_ & new_nz_ & new_n_n81_;
  assign new_n_n267_ = new_n_n75_ & new_n_n40_ & new_n_n38_ & new_n_n80_;
  assign new_n_n261_ = new_n_n43_ & new_nu2_;
  assign new_n_n257_ = new_n_n104_ & new_nu2_ & new_n_n44_;
  assign new_n_n249_ = new_n_n103_ & new_nu2_ & new_n_n45_;
  assign new_n_n238_ = new_n_n109_ & new_no2_ & new_n_n48_;
  assign new_n_n229_ = new_nd1_ & new_n_n52_ & new_n_n48_;
  assign new_n_n204_ = new_n_n111_ & new_nd1_ & new_n_n51_;
  assign new_n_n199_ = new_n_n109_ & new_n_n55_ & new_n_n51_;
  assign new_n_n191_ = new_n_n111_ & new_n_n53_ & new_n_n58_ & new_ne1_;
  assign new_n_n179_ = new_n_n75_ & new_n_n108_ & new_nb1_;
  assign new_n_n172_ = new_n_n59_ & new_n_n103_;
  assign new_n_n168_ = new_n_n67_ & new_nv2_ & new_n_n62_;
  assign new_n_n155_ = new_n_n66_ & new_n_n109_;
  assign new_ng10_ = new_n_n150_ | new_ng0_ | new_nm1_ | new_n_n75_;
  assign new_n_n144_ = new_n_n75_ & new_nm0_ & new_n_n74_;
  assign new_n_n138_ = new_ni_ & new_nv2_ & new_nm1_ & new_ng0_;
  assign new_nn11_ = new_n_n108_ | new_n_n82_;
  assign new_no12_ = new_n_n108_ | new_n_n91_;
  assign new_n_n133_ = new_n_n101_ & new_nb_ & new_nk2_;
  assign new_n_n127_ = new_n_n102_ & new_n_n103_;
  assign new_n_n112_ = ~new_np2_;
  assign new_n_n103_ = ~new_nl2_;
  assign new_ny2_ = ~new_nh1_;
  assign new_n_n371_ = new_n_n75_ & new_n_n2_ & new_n_n1_ & new_ne1_;
  assign new_nq3_ = new_n_n75_ & new_nw0_;
  assign new_n_n359_ = new_nn2_ & new_n_n11_ & new_n_n58_;
  assign new_n_n350_ = new_nq0_ & new_nh1_ & new_n_n58_;
  assign new_n_n344_ = new_n_n12_ & new_ni1_ & new_n_n58_;
  assign new_n_n335_ = new_nn2_ & new_nk1_ & new_n_n58_;
  assign new_n_n329_ = new_n_n58_ & new_nn2_ & new_n_n13_ & new_ne1_;
  assign new_n_n322_ = new_ng0_ & new_nk_ & new_n_n42_ & new_n_n81_;
  assign new_n_n317_ = new_n_n75_ & new_n_n41_ & new_nr1_;
  assign new_nn4_ = new_n_n308_ | new_n_n307_ | new_n_n306_;
  assign new_nr4_ = new_n_n296_ | new_n_n295_ | new_n_n294_;
  assign new_n_n288_ = new_n_n75_ & new_n_n40_ & new_n_n31_ & new_n_n80_;
  assign new_n_n283_ = new_ng0_ & new_n_n42_ & new_nx_ & new_n_n81_;
  assign new_n_n275_ = new_n_n75_ & new_n_n41_ & new_nf2_;
  assign new_na5_ = new_n_n269_ | new_n_n268_ | new_n_n267_;
  assign new_nd5_ = new_n_n261_ | new_n_n260_ | new_n_n259_;
  assign new_n_n256_ = new_n_n103_ & new_nu2_ & new_n_n44_;
  assign new_n_n246_ = new_n_n102_ & new_n_n60_ & new_n_n45_;
  assign new_n_n240_ = new_n_n47_ & new_nd1_;
  assign new_n_n230_ = new_ne1_ & new_n_n52_ & new_n_n48_;
  assign new_n_n215_ = new_ne1_ & new_n_n52_ & new_n_n49_;
  assign new_n_n205_ = new_n_n52_ & new_ne1_ & new_n_n51_;
  assign new_n_n198_ = new_n_n50_ & new_n_n55_ & new_n_n51_;
  assign new_n_n188_ = new_n_n109_ & new_n_n53_ & new_n_n58_ & new_n_n55_;
  assign new_n_n181_ = new_n_n55_ & new_n_n53_ & new_n_n58_ & new_n_n54_;
  assign new_n_n173_ = new_n_n59_ & new_n_n102_;
  assign new_nj8_ = new_n_n109_ | new_np2_ | new_no2_ | new_n_n68_;
  assign new_n_n161_ = new_nm1_ & new_n_n79_;
  assign new_n_n151_ = new_n_n76_ & new_n_n75_;
  assign new_n_n145_ = new_nv2_ & new_nh_ & new_nm1_ & new_ng0_;
  assign new_n_n139_ = new_nh_ & new_nv2_ & new_nm1_ & new_ng0_;
  assign new_nq11_ = new_n_n108_ | new_n_n83_;
  assign new_nx12_ = new_n_n108_ | new_n_n94_;
  assign new_nu13_ = new_n_n106_ | new_nu0_;
  assign new_n_n128_ = new_n_n102_ & new_n_n104_;
  assign new_nb14_ = new_ne1_ | new_nd1_ | new_n_n123_;
  assign new_n_n117_ = new_n_n105_ & new_n_n112_;
  assign new_nz2_ = ~new_ni1_;
  assign new_n_n372_ = new_n_n75_ & new_ns2_ & new_n_n0_;
  assign new_n_n366_ = new_ne1_ & new_n_n58_;
  assign new_n_n358_ = new_no0_ & new_n_n11_ & new_n_n58_;
  assign new_n_n351_ = new_n_n108_ & new_nh1_ & new_n_n58_;
  assign new_n_n343_ = new_nr0_ & new_n_n11_ & new_n_n58_;
  assign new_nd4_ = new_n_n332_ | new_n_n359_ | new_n_n334_ | new_n_n333_ | new_n_n338_ | new_n_n331_ | new_n_n335_ | new_n_n336_;
  assign new_nf4_ = new_n_n327_ | new_n_n328_;
  assign new_n_n323_ = new_n_n75_ & new_np1_ & new_n_n41_;
  assign new_n_n316_ = new_ng0_ & new_n_n42_ & new_nm_ & new_n_n81_;
  assign new_n_n309_ = new_n_n75_ & new_n_n40_ & new_n_n24_ & new_n_n80_;
  assign new_n_n296_ = new_n_n75_ & new_n_n41_ & new_ny1_;
  assign new_n_n289_ = new_ng0_ & new_n_n42_ & new_nv_ & new_n_n81_;
  assign new_n_n282_ = new_n_n75_ & new_n_n40_ & new_n_n33_ & new_n_n80_;
  assign new_ny4_ = new_n_n275_ | new_n_n274_ | new_n_n273_;
  assign new_n_n269_ = new_n_n75_ & new_n_n41_ & new_nh2_;
  assign new_n_n262_ = new_ng0_ & new_n_n42_ & new_n_n81_ & new_ne0_;
  assign new_n_n255_ = new_n_n104_ & new_n_n60_ & new_n_n44_;
  assign new_n_n247_ = new_n_n103_ & new_n_n60_ & new_n_n45_;
  assign new_n_n239_ = new_n_n47_ & new_n_n55_;
  assign new_n_n231_ = new_no2_ & new_n_n52_ & new_n_n48_;
  assign new_n_n214_ = new_nd1_ & new_n_n52_ & new_n_n49_;
  assign new_n_n206_ = new_n_n50_ & new_ne1_ & new_n_n51_;
  assign new_n_n197_ = new_n_n52_ & new_n_n55_ & new_n_n51_;
  assign new_n_n189_ = new_n_n111_ & new_n_n53_ & new_n_n58_ & new_nd1_;
  assign new_nl5_ = new_n_n177_ | new_n_n179_ | new_n_n178_ | new_n_n180_;
  assign new_nn5_ = new_n_n170_ | new_n_n172_ | new_n_n171_ | new_n_n173_;
  assign new_nk8_ = new_n_n165_ | new_n_n167_ | new_n_n166_;
  assign new_n_n162_ = new_nm1_ & new_ni_;
  assign new_nk9_ = new_n_n153_ | new_n_n155_ | new_n_n154_ | new_n_n156_;
  assign new_ne11_ = new_nh0_ & new_n_n72_ & new_n_n71_ & new_n_n73_;
  assign new_n_n140_ = new_ng_ & new_nv2_ & new_nm1_ & new_ng0_;
  assign new_nt11_ = new_n_n108_ | new_n_n84_;
  assign new_nu12_ = new_n_n108_ | new_n_n93_;
  assign new_nv13_ = new_nc1_ | new_n_n134_ | new_n_n133_;
  assign new_n_n129_ = new_nl2_ & new_n_n104_;
  assign new_n_n123_ = new_n_n104_ & new_nl2_ & new_nm2_;
  assign new_n_n118_ = new_n_n105_ & new_n_n111_;
  assign new_na3_ = ~new_nj1_;
  assign new_n_n88_ = ~new_nx1_;
  assign new_n_n77_ = ~new_nm1_;
  assign new_n_n66_ = ~new_nn0_;
  assign new_n_n55_ = ~new_nz13_;
  assign new_n_n44_ = ~new_nx13_;
  assign new_n_n89_ = ~new_ny1_;
  assign new_n_n76_ = ~new_nv2_;
  assign new_n_n67_ = ~new_nf0_;
  assign new_n_n54_ = ~new_ng14_;
  assign new_n_n45_ = ~new_ny13_;
  assign new_n_n90_ = ~new_nz1_;
  assign new_n_n75_ = ~new_ni0_;
  assign new_n_n64_ = ~new_no8_;
  assign new_n_n57_ = ~new_ns2_;
  assign new_n_n46_ = ~new_nw13_;
  assign new_n_n91_ = ~new_na2_;
  assign new_n_n74_ = ~new_no1_;
  assign new_n_n65_ = ~new_nk0_;
  assign new_n_n56_ = ~new_nl1_;
  assign new_n_n47_ = ~new_na14_;
  assign new_nw2_ = ~new_nf1_;
  assign new_n_n92_ = ~new_nb2_;
  assign new_n_n37_ = ~new_nj13_;
  assign new_n_n26_ = ~new_nc12_;
  assign new_n_n15_ = ~new_nc11_;
  assign new_n_n4_ = ~new_ni9_;
  assign new_n_n93_ = ~new_nc2_;
  assign new_n_n36_ = ~new_ng13_;
  assign new_n_n27_ = ~new_nf12_;
  assign new_n_n14_ = ~new_nu10_;
  assign new_n_n5_ = ~new_nk9_;
  assign new_n_n35_ = ~new_nd13_;
  assign new_n_n24_ = ~new_nw11_;
  assign new_n_n17_ = ~new_ny10_;
  assign new_n_n6_ = ~new_nf10_;
  assign new_n_n34_ = ~new_na13_;
  assign new_n_n25_ = ~new_nz11_;
  assign new_n_n16_ = ~new_nz10_;
  assign new_n_n7_ = ~new_nw8_;
  assign new_n_n63_ = ~new_nt2_;
  assign new_n_n52_ = ~new_nb14_;
  assign new_n_n41_ = ~new_nl11_;
  assign new_n_n30_ = ~new_no12_;
  assign new_n_n19_ = ~new_nf11_;
  assign new_n_n8_ = ~new_ne10_;
  assign new_n_n62_ = ~new_nv10_;
  assign new_n_n53_ = ~new_nh14_;
  assign new_n_n40_ = ~new_nk11_;
  assign new_n_n31_ = ~new_nr12_;
  assign new_n_n18_ = ~new_na11_;
  assign new_n_n9_ = ~new_nd10_;
  assign new_n_n83_ = ~new_ns1_;
  assign new_n_n72_ = ~new_nh_;
  assign new_n_n39_ = ~new_np13_;
  assign new_n_n28_ = ~new_ni12_;
  assign new_n_n21_ = ~new_nn11_;
  assign new_n_n10_ = ~new_ng10_;
  assign new_n_n82_ = ~new_nr1_;
  assign new_n_n73_ = ~new_ni_;
  assign new_n_n38_ = ~new_nm13_;
  assign new_n_n29_ = ~new_nl12_;
  assign new_n_n20_ = ~new_nj11_;
  assign new_n_n11_ = ~new_nn10_;
  assign new_n_n84_ = ~new_nt1_;
  assign new_n_n81_ = ~new_ne11_;
  assign new_n_n70_ = ~new_nx10_;
  assign new_n_n59_ = ~new_nj14_;
  assign new_n_n48_ = ~new_nc14_;
  assign new_n_n23_ = ~new_nt11_;
  assign new_n_n12_ = ~new_nl10_;
  assign new_n_n85_ = ~new_nu1_;
  assign new_n_n80_ = ~new_nm0_;
  assign new_n_n71_ = ~new_ng_;
  assign new_n_n58_ = ~new_nc1_;
  assign new_n_n49_ = ~new_nd14_;
  assign new_n_n22_ = ~new_nq11_;
  assign new_n_n13_ = ~new_nf9_;
  assign new_n_n86_ = ~new_nv1_;
  assign new_n_n79_ = ~new_nh0_;
  assign new_n_n68_ = ~new_nr2_;
  assign new_n_n61_ = ~new_nk14_;
  assign new_n_n50_ = ~new_ne14_;
  assign new_n_n43_ = ~new_nv13_;
  assign new_n_n32_ = ~new_nu12_;
  assign new_n_n87_ = ~new_nw1_;
  assign new_n_n78_ = ~new_nq1_;
  assign new_n_n69_ = ~new_nl9_;
  assign new_n_n60_ = ~new_nu13_;
  assign new_n_n51_ = ~new_nf14_;
  assign new_n_n42_ = ~new_ni11_;
  assign new_n_n33_ = ~new_nx12_;
endmodule